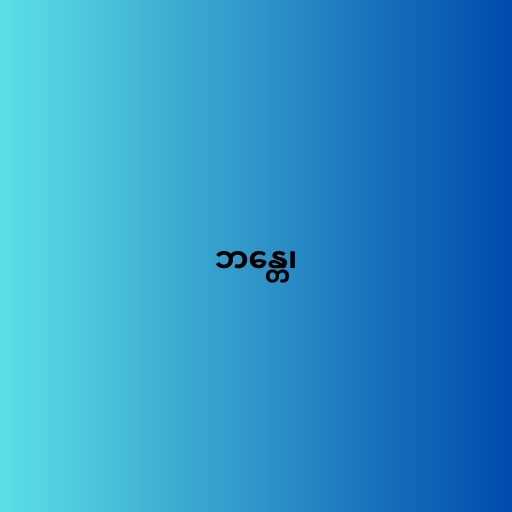
ဘန္တေ၊